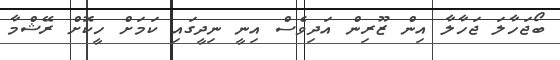
ބޯޖަހާލަ ޖަހާލާ އިން ޒޫރިން އަދިވެސް އިނީ ނިދީގައި ކަމަށް ހީކޮށް ރޭޝްމާ